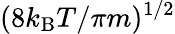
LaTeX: (8k_{\mathrm{B}}T/\pi m)^{1/2}